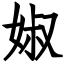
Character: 婌